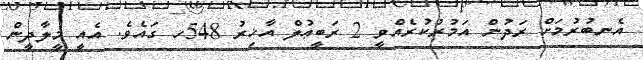
އެނބުރުމަށް ރަދުން އަމުރުކުރެއްވީ 2 ރަބީޢުލް އާޚިރު 548ހ ގައެވެ. އެއީ މީލާދީން